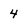
Character: 4